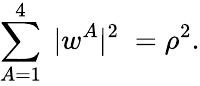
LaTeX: \sum_{A=1}^{4}\; |w^{A}|^{2}\; =\rho^{2}.